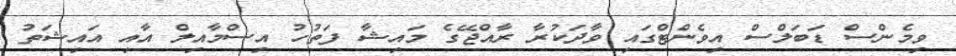
ވިމެންސް ޑަބަލްސް އިވެންޓްގައި ވާދަކުރާ ރާއްޖޭގެ މައިޝާ ފަތުހު އިސްމާއިލް އާއި އައިޝަތު